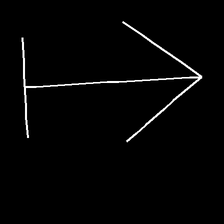
Glyph: levitation